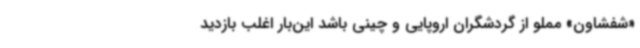
«شفشاون» مملو از گردشگران اروپایی و چینی باشد این‌بار اغلب بازدید